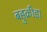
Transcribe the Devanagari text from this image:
बहुक्रीडा